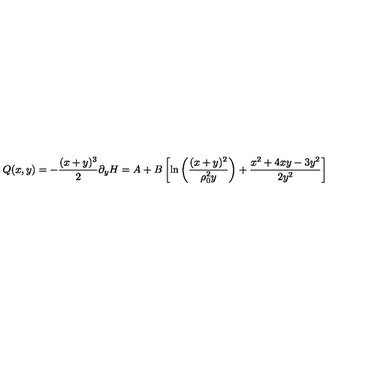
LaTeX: Q ( x , y ) = - { \frac { ( x + y ) ^ { 3 } } { 2 } } \partial _ { y } H = A + B \left[ \mathrm { l n } \left( { \frac { ( x + y ) ^ { 2 } } { \rho _ { 0 } ^ { 2 } y } } \right) + { \frac { x ^ { 2 } + 4 x y - 3 y ^ { 2 } } { 2 y ^ { 2 } } } \right]